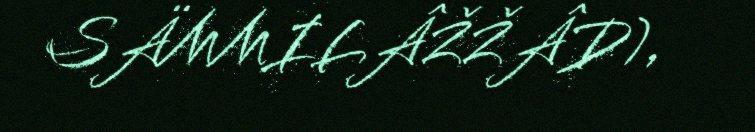
SÄMMILÂŽŽÂD),